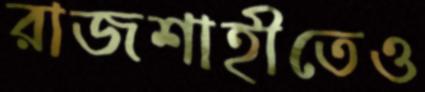
রাজশাহীতেও